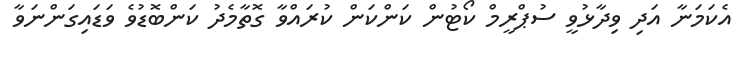
އެކަމަނާ އަދި ވިދާޅުވީ ސުޕްރީމް ކޯޓުން ކަންކަން ކުރައްވާ ގޮތާމެދު ކަންބޮޑުވެ ވަޑައިގަންނަވާ